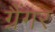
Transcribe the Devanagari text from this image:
ग्रैंगर